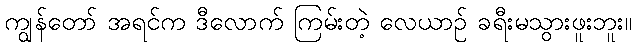
ကျွန်တော် အရင်က ဒီလောက် ကြမ်းတဲ့ လေယာဉ် ခရီးမသွားဖူးဘူး။